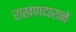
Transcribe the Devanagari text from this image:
राखणदाराने